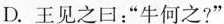
D.王见之日：”牛何之?”